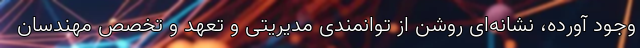
وجود آورده، نشانه‌ای روشن از توانمندی مدیریتی و تعهد و تخصص مهندسان